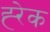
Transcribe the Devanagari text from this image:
ह्‍रेक